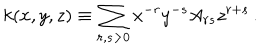
k ( x , y , z ) \equiv \sum _ { r , s > 0 } x ^ { - r } y ^ { - s } A _ { r s } z ^ { r + s } \, .